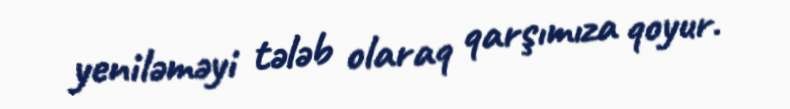
yeniləməyi tələb olaraq qarşımıza qoyur.